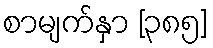
စာမျက်နှာ [၃၈၅]